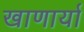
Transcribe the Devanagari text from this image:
खाणार्या